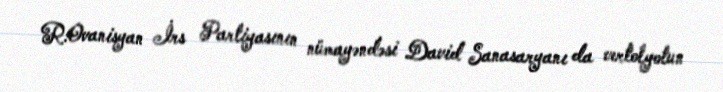
R.Ovanisyan İrs Partiyasının nümayəndəsi David Sanasaryanı da vertolyotun